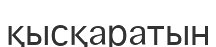
қысқаратын